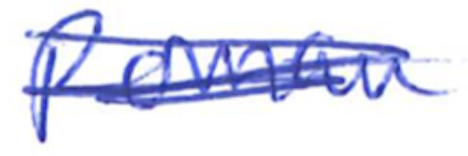
Text: Roman
Cross-out: scratch
Writing tool: ballpoint